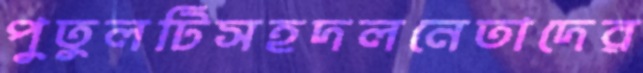
পুতুলটিসহদলনেতাদের